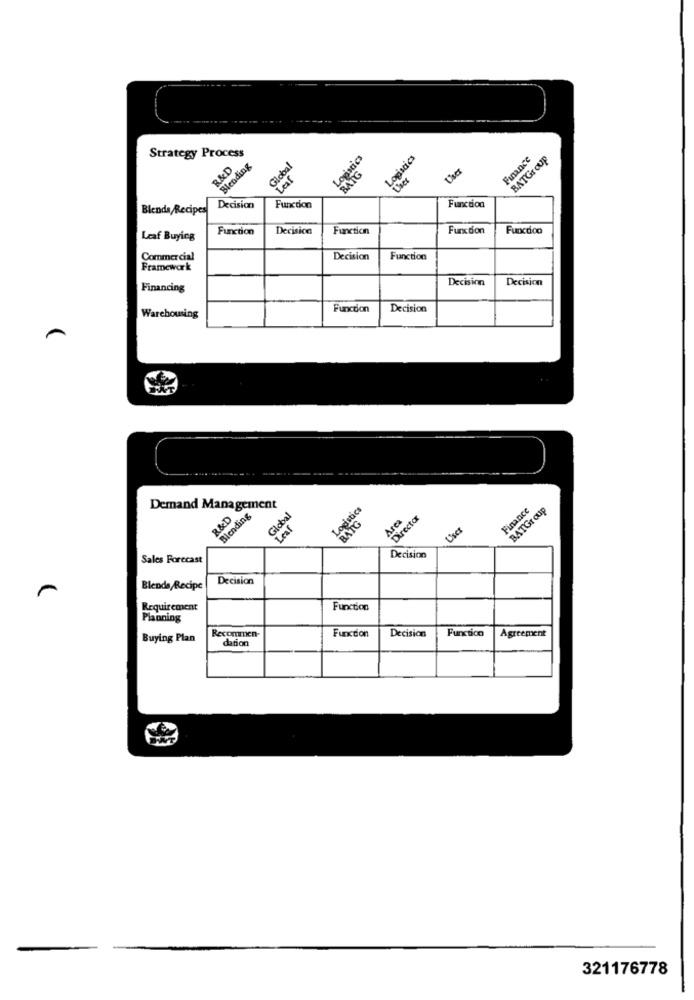
Strategy Process
Logistics
Blending
Global
Logistics
Finance
BATGroup
R&D
BATG
Laf
Function
Blends Recipes
Decision
Function
Function
Decision
Function
Function
Functico
Leaf Buying
Commercial
Decision
Function
Framework
Decision
Decision
Financing
Function
Decision
Warehousing
Demand Management
R&D
Blending
Global
Logistics
Finance
BATGroup
BATG
Area
Director
Laf
Decision
Sales Forecast
Decision
Blends Recipe
Requirement
Function
Planning
Recommen-
Function
Function
Buying Plan
dation
Decision
Agreement
321176778